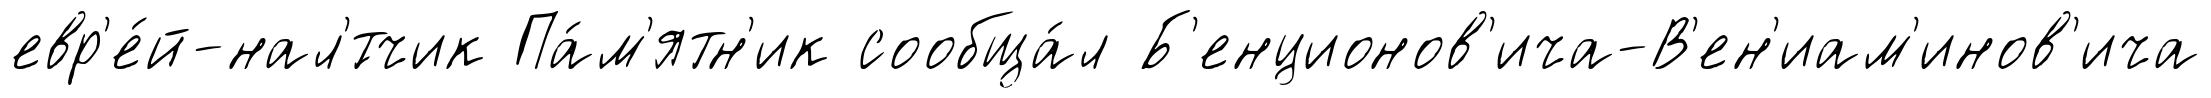
евр'е́й-нал'́тчик Па́м'ятн'ик сообща́л Б'енционов'ича-В'ен'иам'инов'ича